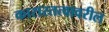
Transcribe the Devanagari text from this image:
कारारतत्वावरील